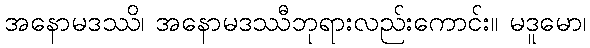
အနောမဒဿိ၊ အနောမဒဿီဘုရားလည်းကောင်း။ မဒူမော၊